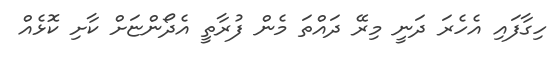
ހިގާފައި އެހެރަ ދަނީ މިރޭ ދައްތަ މެން ފުރާތީ އެދޯންޏަށް ކާށި ކޮޅެއް